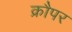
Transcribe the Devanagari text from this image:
क्रौपर